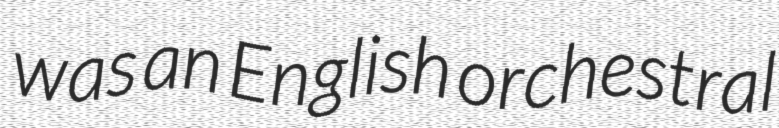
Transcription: was an English orchestral